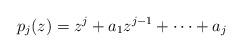
LaTeX: \begin{align*}p_j(z)=z^j + a_1 z^{j-1}+ {\cdots} + a_j\end{align*}